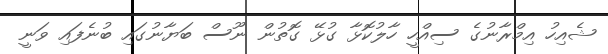
ޝެއިހު އިމްރާނުގެ ސިއްހީ ހާލުކޮޅާ ގުޅޭ ގޮތުން ނޫސް ބަޔާނުގައި ބުނެފައި ވަނީ